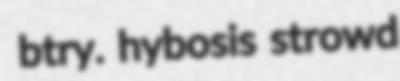
btry. hybosis strowd